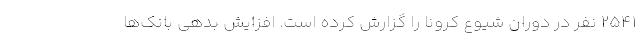
2541 نفر در دوران شیوع کرونا را گزارش کرده است. افزایش بدهی بانک‌ها